Report on vaccination North-West Frontier Province 1904-1922 - 1904-1922
Year: 1904
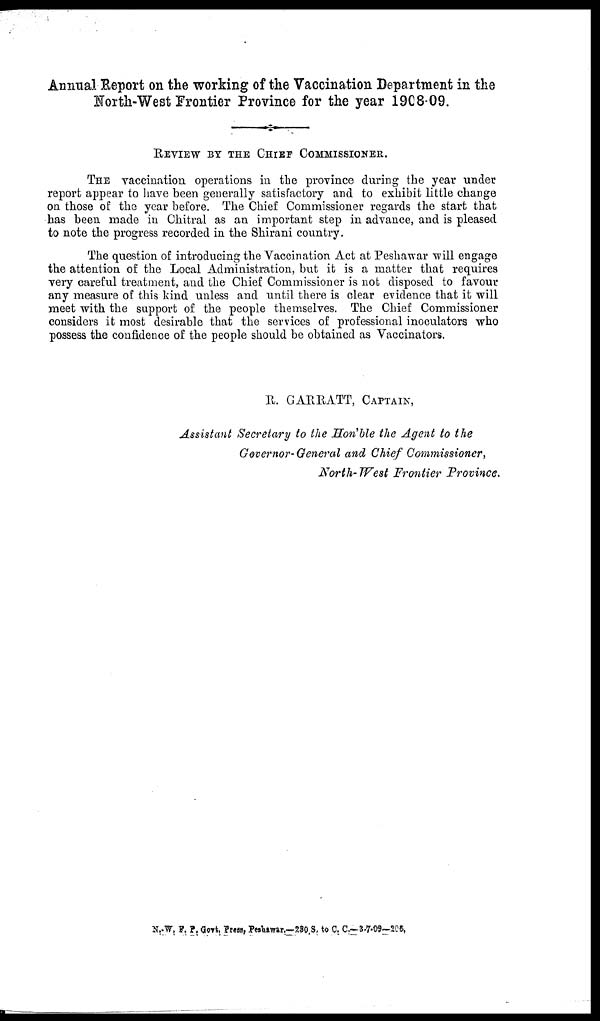
Annual Report on the working of the Vaccination Department in the
North-West Frontier Province for the year 1908-09.
REVIEW BY THE CHIEF COMMISSIONER.
THE vaccination operations in the province during the year under
report appear to have been generally satisfactory and to exhibit little change
on those of the year before. The Chief Commissioner regards the start that
has been made in Chitral as an important step in advance, and is pleased
to note the progress recorded in the Shirani country.
The question of introducing the Vaccination Act at Peshawar will engage
the attention of the Local Administration, but it is a matter that requires
very careful treatment, and the Chief Commissioner is not disposed to favour
any measure of this kind unless and until there is clear evidence that it will
meet with the support of the people themselves. The Chief Commissioner
considers it most desirable that the services of professional inoculators who
possess the confidence of the people should be obtained as Vaccinators.
R. GARRATT, CAPTAIN,
Assistant Secretary to the Hon'ble the Agent to the
Governor-General and Chief Commissioner,
North-West Frontier Province.